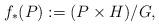
LaTeX: \begin{align*}f_*(P):= (P\times H)/G,\end{align*}